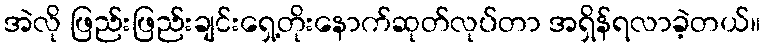
အဲလို ဖြည်းဖြည်းချင်းရှေ့တိုးနောက်ဆုတ်လုပ်တာ အရှိန်ရလာခဲ့တယ်။